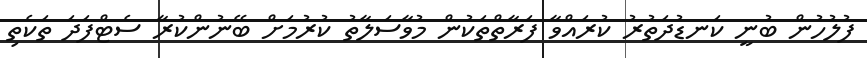
ފުލުހުން ބުނީ ކަނޑުދަތުރު ކުރައްވާ ފަރާތްތަކުން މުވާސަލާތު ކުރުމަށް ބޭނުންކުރާ ސެޓްފަދަ ތަކެތި